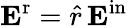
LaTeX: {\mathbf E}^{\mathrm{r}}=\hat{r}\, {\mathbf E}^{\mathrm{in}}